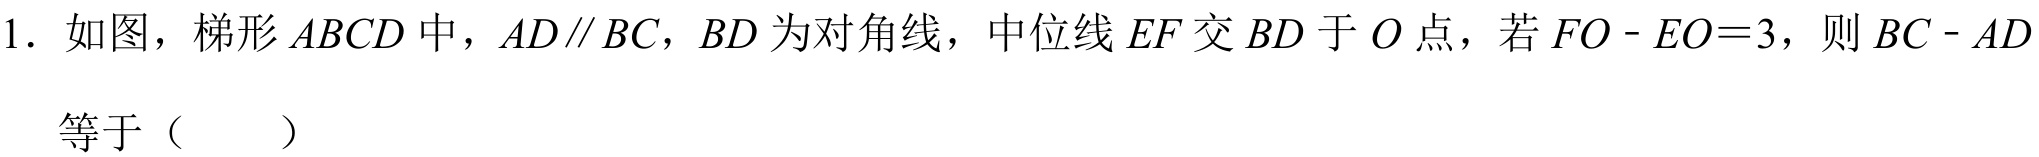
1. 如图，梯形\(ABCD\)中，\(AD\parallel BC\)，\(BD\)为对角线，中位线\(EF\)交\(BD\)于\(O\)点，若\(FO - EO = 3\)，则\(BC - AD\)等于（  ）